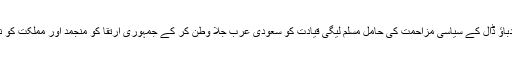
یادش بخیر 1999 میں داخلی اور خارجی دباؤ ڈال کے سیاسی مزاحمت کی حامل مسلم لیگی قیادت کو سعودی عرب جلا وطن کر کے جمہوری ارتقا کو منجمد اور مملکت کو ناقابل عبور مشکلات سے دوچار کیا گیاتھا۔